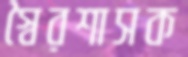
স্বৈরশাসক